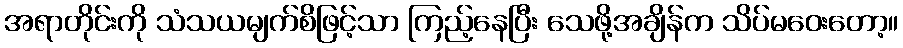
အရာတိုင်းကို သံသယမျက်စိဖြင့်သာ ကြည့်နေပြီး သေဖို့အချိန်က သိပ်မဝေးတော့။